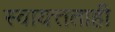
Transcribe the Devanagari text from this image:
स्वायत्तताही